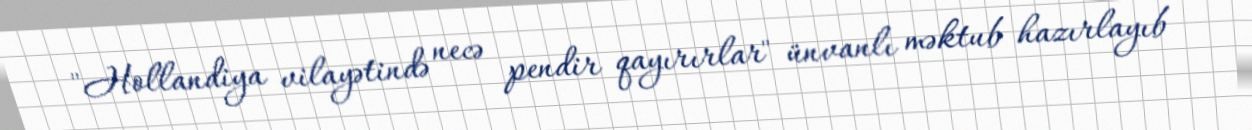
"Hollandiya vilayətində necə pendir qayırırlar" ünvanlı məktub hazırlayıb